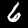
Label: 6